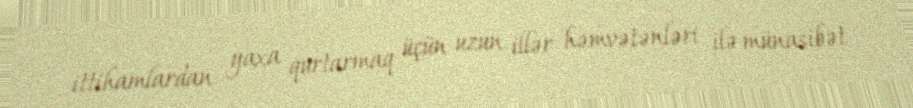
ittihamlardan yaxa qurtarmaq üçün uzun illər həmvətənləri ilə münasibət